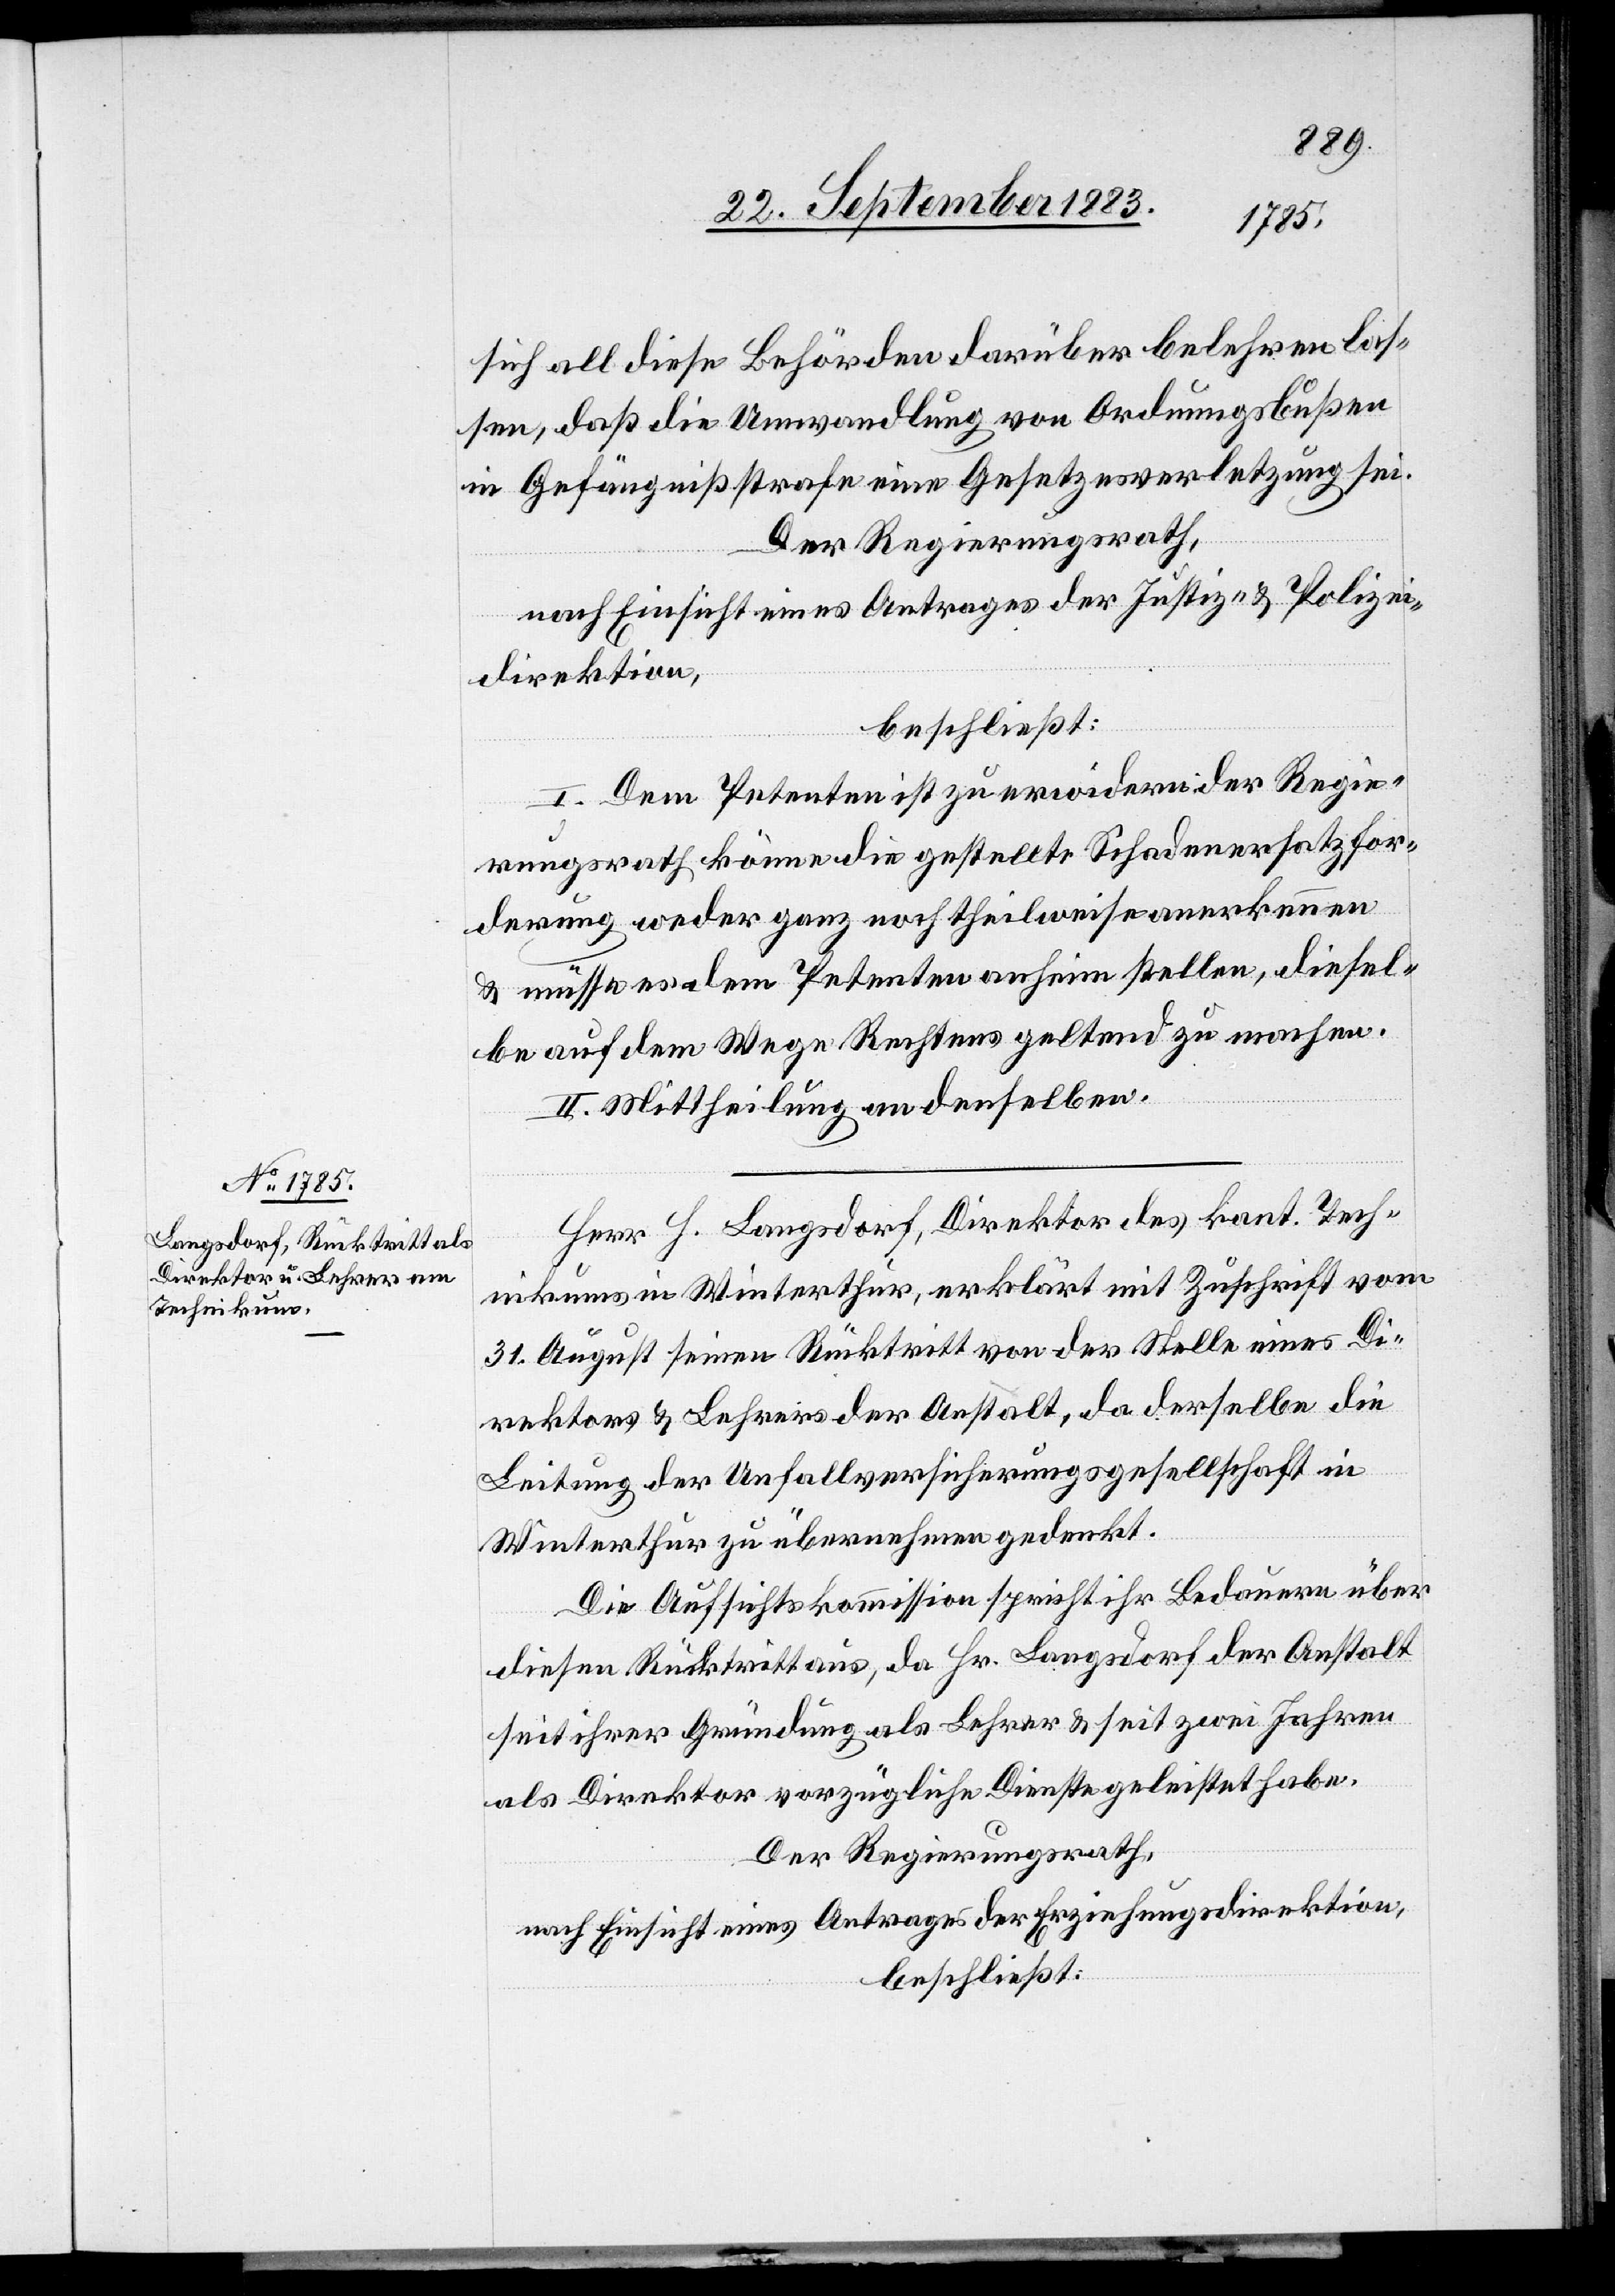
sich all diese Behörden darüber belehren las¬
sen, daß die Umwandlung von Ordnungsbußen
in Gefängnißstrafe eine Gesetzesverletzung sei.
Der Regierungsrath,
nach Einsicht eines Antrages der Justiz- & Polizei¬
direktion,
beschließt:
I. Dem Petenten ist zu erwidern der Regie¬
rungsrath könne die gestellte Schadenersatzfor¬
derung weder ganz noch theilweise anerkennen
& müsse es dem Petenten anheim stellen, diesel¬
be auf dem Wege Rechtens geltend zu machen.
II. Mittheilung an denselben.
Herr H. Langsdorf, Direktor des kant. Tech¬
nikums in Winterthur, erklärt mit Zuschrift vom
31. August seinen Rücktritt von der Stelle eines Di¬
rektors & Lehrers der Anstalt, da derselbe die
Leitung der Unfallversicherungsgesellschaft in
Winterthur zu übernehmen gedenkt.
Die Aufsichtskommission spricht ihr Bedauern über
diesen Rücktritt aus, da Hr. Langsdorf der Anstalt
seit ihrer Gründung als Lehrer & seit zwei Jahren
als Direktor vorzügliche Dienste geleistet habe.
Der Regierungsrath,
nach Einsicht eines Antrages der Erziehungsdirektion,
beschließt: